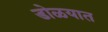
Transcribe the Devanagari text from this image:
डोळयात